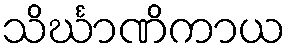
သိင်္ဃာဏိကာယ